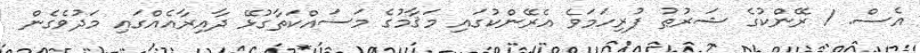
އެސް. 1 ރޭންކުގެ ޝަރުޠު ފުރިހަމަވެ އެރޭންކުގައި މަޤާމުގެ މަސައްކަތާގުޅޭ ދާއިރާއެއްގައި މަދުވެގެން